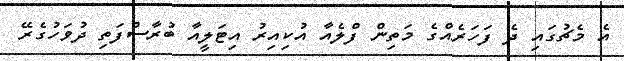
އެ މެޗުގައި ދެ ފަހަރެއްގެ މަތިން ފްލެއާ އުކިއިރު އިޓަލީއާ ބުރާސްފަތި ދުވަހުގެރޭ